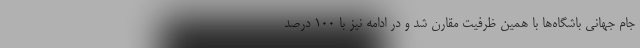
جام جهانی باشگاه‌ها با همین ظرفیت مقارن شد و در ادامه نیز با ۱۰۰ درصد